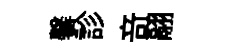
馨診竒翮